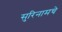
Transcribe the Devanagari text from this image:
सुरिनामचे